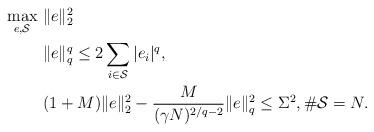
LaTeX: \begin{align*}\begin{aligned}\max_{e,\mathcal S}&~\|e\|_2^2\\&~\|e\|_{q}^{q}\leq2\sum_{i\in \mathcal S}|e_i|^{q},\\&~(1+M)\|e\|_2^2-\frac{M}{(\gamma N)^{2/q-2}}\|e\|_{q}^{2}\leq\Sigma^2,\#\mathcal S=N.\end{aligned}\end{align*}